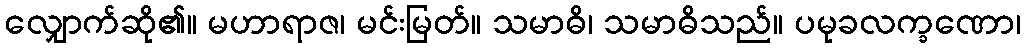
လျှောက်ဆို၏။ မဟာရာဇ၊ မင်းမြတ်။ သမာဓိ၊ သမာဓိသည်။ ပမုခလက္ခဏော၊